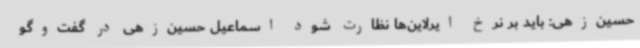
حسین‌زهی: باید بر نرخ ایرلاین‌ها نظارت شود اسماعیل حسین‌زهی در گفت‌وگو